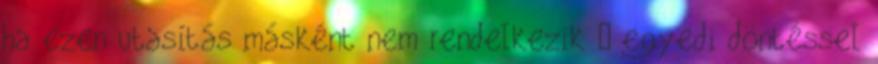
ha ezen utasítás másként nem rendelkezik – egyedi döntéssel